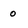
Character: 0